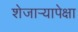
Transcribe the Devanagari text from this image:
शेजाऱ्यापेक्षा